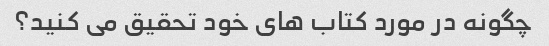
چگونه در مورد کتاب های خود تحقیق می کنید؟